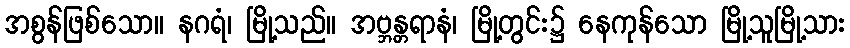
အစွန်ဖြစ်သော။ နဂရံ၊ မြို့သည်။ အဗ္ဘန္တရာနံ၊ မြို့တွင်း၌ နေကုန်သော မြို့သူမြို့သား